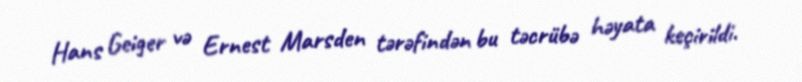
Hans Geiger və Ernest Marsden tərəfindən bu təcrübə həyata keçirildi.